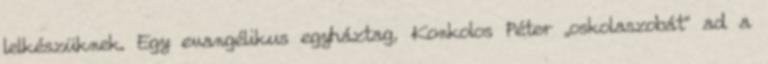
lelkészüknek. Egy evangélikus egyháztag, Konkolos Péter „oskolaszobát” ad a